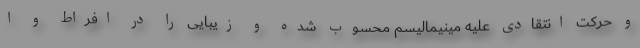
و حرکت انتقادی علیه مینیمالیسم محسوب شده و زیبایی را در افراط و ا